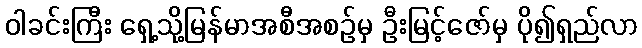
ဝါခင်းကြီး ရှေ့သို့မြန်မာအစီအစဉ်မှ ဦးမြင့်ဇော်မှ ပို၍ရှည်လာ